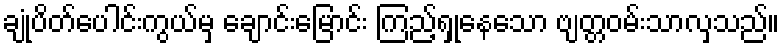
ချုံပိတ်ပေါင်းကွယ်မှ ချောင်းမြောင်း ကြည့်ရှုနေသော ဗျတ္တဝမ်းသာလှသည်။